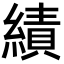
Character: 績